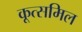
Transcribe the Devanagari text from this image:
कूत्समिल